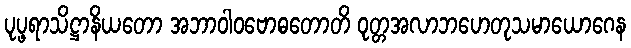
ပုပ္ဖရာသိဋ္ဌာနိယတော အဘာဝါဝဗောဓတောတိ ဝုတ္တအလာဘဟေတုသမာယောဂေန